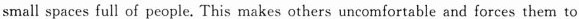
small spaces full of people. This makes others uncomfortable and forces them to